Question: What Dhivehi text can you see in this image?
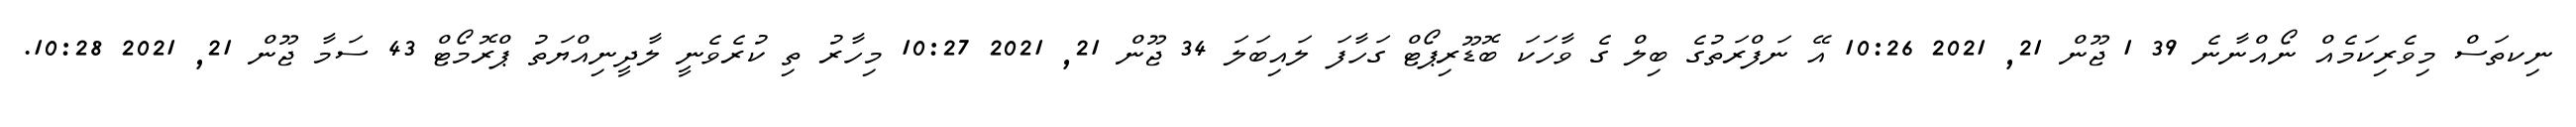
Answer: ނިކތަސް މިވެރިކަމެއް ނޯއްނާނެ 39 1 ޖޫން 21, 2021 10:26 އޭ ނަފްރަތުގެ ބިލް ގެ ވާހަކަ ބޮޑޫރިޕޯޓް ގަހާފަ ލައިބަލަ 34 ޖޫން 21, 2021 10:27 މިހާރު ތި ކުރެވެނީ ލާދީނިއްޔަތު ޕްރޮމޯޓް 43 ސަމާ ޖޫން 21, 2021 10:28.